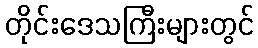
တိုင်းဒေသကြီးများတွင်